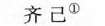
齐已^{①}